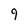
Character: 9